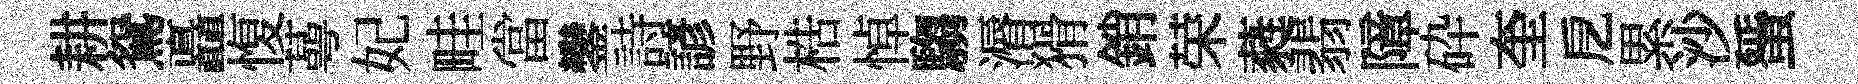
耕鴛矗愎蕚妃畦當鑾詩諺野梏悼騶漘猾銷荣蕤翡障砕奎戹累沙蜑